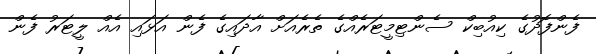
ފެންފޮދުގެ ކިއުބިކް ސެންޓިމީޓަރެއްގެ ތެރެއަށް އާދައިގެ ފެން އަޅައި އެއް ލީޓަރު ފެން